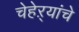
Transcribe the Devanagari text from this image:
चेहेऱ्यांचे